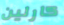
كارلين